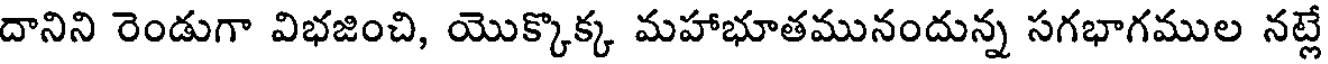
దానిని రెండుగా విభజించి, యొక్కొక్క మహాభూతమునందున్న సగభాగముల నట్లే